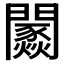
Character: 𨷢